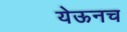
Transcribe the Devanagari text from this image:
येऊनच